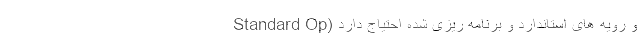
و رویه­ های استاندارد و برنامه ­ریزی شده احتیاج دارد (Standard Op